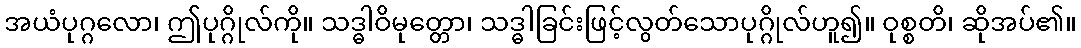
အယံပုဂ္ဂလော၊ ဤပုဂ္ဂိုလ်ကို။ သဒ္ဓါဝိမုတ္တော၊ သဒ္ဓါခြင်းဖြင့်လွတ်သောပုဂ္ဂိုလ်ဟူ၍။ ဝုစ္စတိ၊ ဆိုအပ်၏။